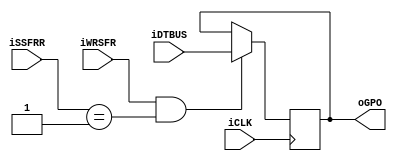
module gporeg(
        input           iCLK,
        input           iWRSFR,
        input  [7:0]    iDTBUS,
        input  [3:0]    iSSFRR,
        output [7:0]    oGPO
    );
    reg [7:0]     rGPO = 8'h00;
    assign oGPO = rGPO;
    always@(posedge iCLK) begin
        if(iWRSFR && (iSSFRR == 4'h01)) begin
            rGPO <= iDTBUS;
        end
        else begin
            rGPO <= rGPO;
        end
    end
endmodule